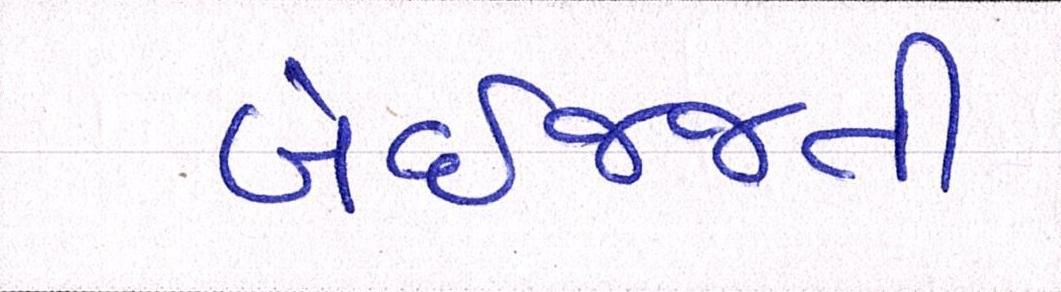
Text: બેઇજ્જતી